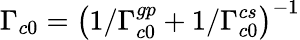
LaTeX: \Gamma_{c0}=\left(1/\Gamma_{c0}^{gp}+1/\Gamma_{c0}^{cs}\right)^{-1}